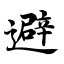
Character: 避